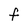
Character: F